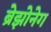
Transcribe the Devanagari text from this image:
ब्रेझोनेग